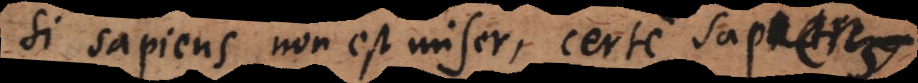
si sapiens non est miser, certe sapiens